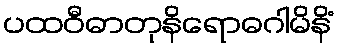
ပထဝီဓာတုနိရောဓဂါမိနိံ